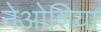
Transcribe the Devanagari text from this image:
नेओशिया